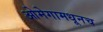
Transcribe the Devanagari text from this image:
ओमेगामधूनच